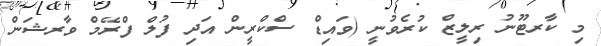
މި ކާރޓޫނު ރިލީޒް ކުރެވުނީ (ވައިޑް ސްކްރީން އަދި ފުލް ފްރޭމް ވާރޝަން